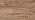
سيحصل